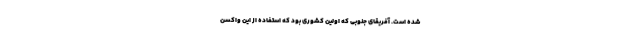
شده است. آفریقای جنوبی که اولین کشوری بود که استفاده از این واکسن